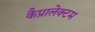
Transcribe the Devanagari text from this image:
कैप्रालेक्टम